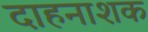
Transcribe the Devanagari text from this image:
दाहनाशक